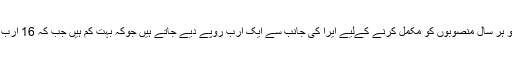
ڈائریکٹر پیرا کا کہنا تھا کہ پیرا کو ہر سال منصوبوں کو مکمل کرنے کےلیے ایرا کی جانب سے ایک ارب روپے دیے جاتے ہیں جوکہ بہت کم ہیں جب کہ 16 ارب روپے ایرا نے پیرا کے دینے ہیں۔